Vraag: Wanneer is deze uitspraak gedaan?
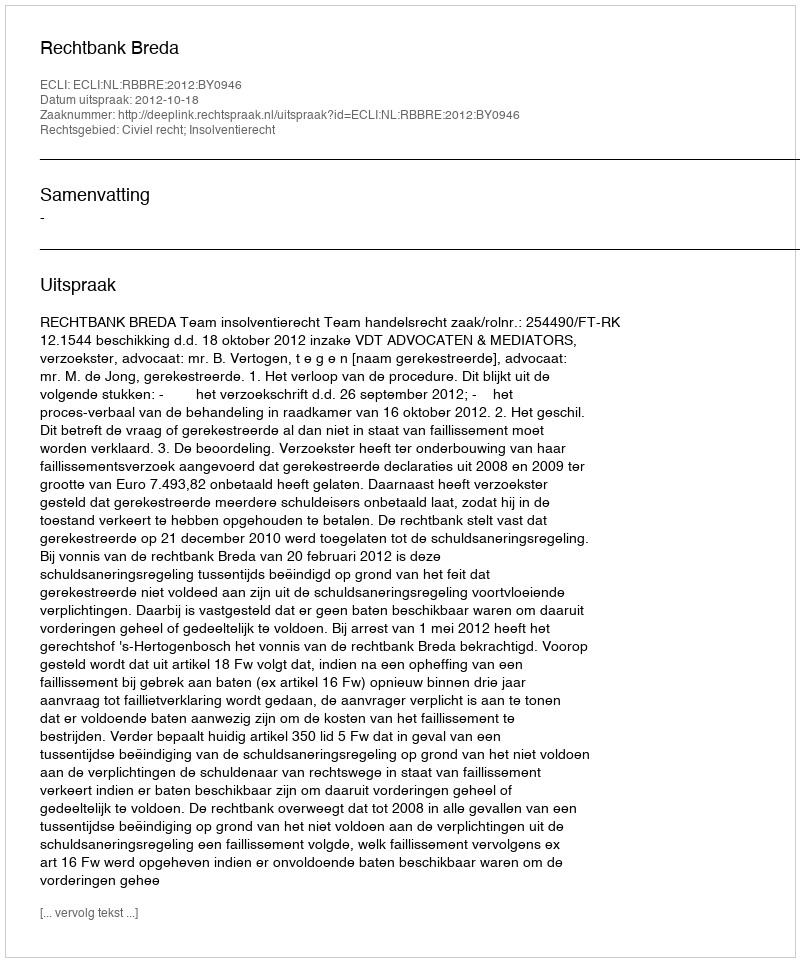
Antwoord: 2012-10-18